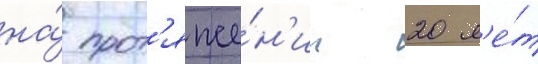
на́ прот'яже́н'ии 20 л'е́т